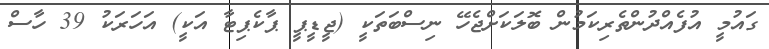
ގައުމީ އުފެއްދުންތެރިކަމުން ބޮލަކަށްޖެހޭ ނިސްބަތަކީ (ޖީޑީޕީ ޕާކެޕިޓާ އަކީ) އަހަރަކު 39 ހާސް